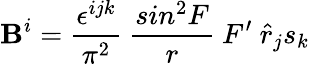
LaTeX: \mathbf{B}^{i}=\frac{{\epsilon^{ijk}}}{{\pi^{2}}}~\frac{{sin^{2}F}}{{r}}~F^{\prime}~{\hat{{r}}}_{j}s_{k}